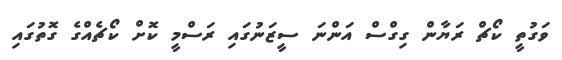
ވަގުތީ ކޯޗް ރަޔާން ގިގްސް އަންނަ ސީޒަނުގައި ރަސްމީ ކޮށް ކޯޗެއްގެ ގޮތުގައި